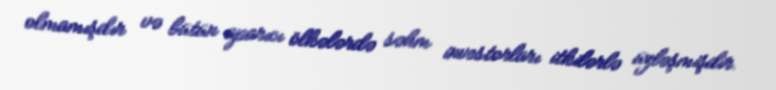
olmamışdır və bütün aparıcı ölkələrdə səhm investorları itkilərlə üzləşmişdir.